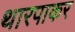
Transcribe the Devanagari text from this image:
थारपाकर